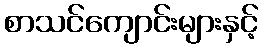
စာသင်ကျောင်းများနှင့်